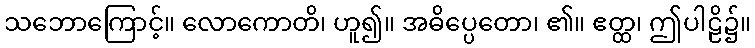
သဘောကြောင့်။ လောကောတိ၊ ဟူ၍။ အဓိပ္ပေတော၊ ၏။ ဧတ္ထ၊ ဤပါဠိ၌။